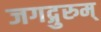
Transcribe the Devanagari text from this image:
जगद्गुरुम्